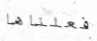
فعلناها